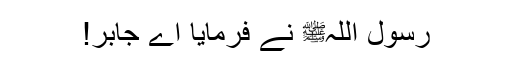
رسول اللہﷺ نے فرمایا اے جابر!